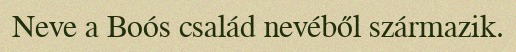
Neve a Boós család nevéből származik.